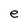
Character: e